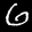
Label: 6